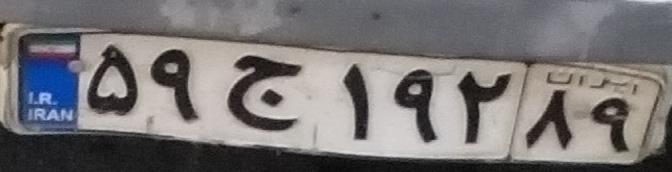
۵۹ج۱۹۲۸۹